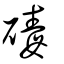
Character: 碡